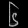
Digit: ၆